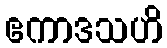
ဧကာဒသဟိ